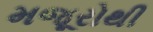
મજૂરોથી